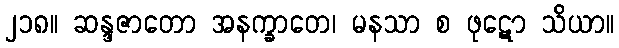
၂၁၈။ ဆန္ဒဇာတော အနက္ခာတေ၊ မနသာ စ ဖုဋော သိယာ။